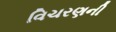
વિચરણની